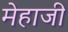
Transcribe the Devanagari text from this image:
मेहाजी